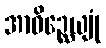
အာဝိဉ္ဆေယျုံ